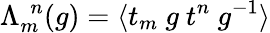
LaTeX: \Lambda_{m}^{~~n}(g)=\langle t_{m}~g~t^{n}~g^{-1}\rangle